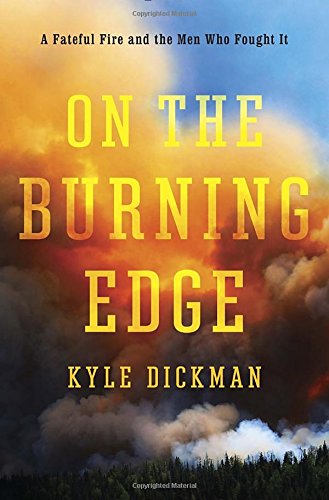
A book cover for On the Burning Edge: A Fateful Fire and the Men Who Fought It; Kyle Dickman; Science & Math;